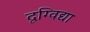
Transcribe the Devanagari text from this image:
दृग्विद्या